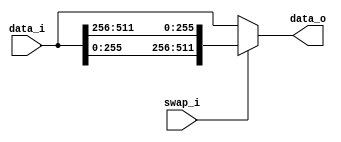
module bsg_swap_width_p256
(
  data_i,
  swap_i,
  data_o
);

  input [511:0] data_i;
  output [511:0] data_o;
  input swap_i;
  wire [511:0] data_o;
  wire N0,N1,N2;
  assign data_o = (N0)? { data_i[255:0], data_i[511:256] } :
                  (N1)? data_i : 1'b0;
  assign N0 = swap_i;
  assign N1 = N2;
  assign N2 = ~swap_i;

endmodule